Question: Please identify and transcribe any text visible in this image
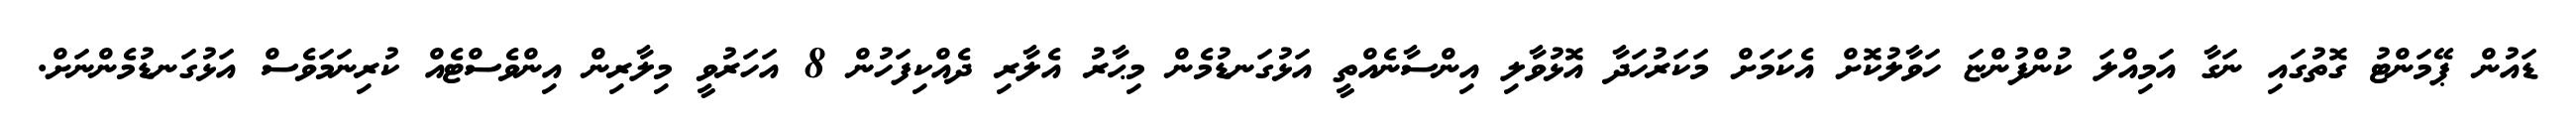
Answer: ޑައުން ޕޭމަންޓު ގޮތުގައި ނަގާ އަމިއްލަ ކުންފުންޏަ ހަވާލުކޮށް އެކަމަށް މަކަރުހަދާ އޮޅުވާލި އިންސާނެއްތީ އަޅުގަނޑުމެން މިޙާރު އެލާރި ދެއްކިފަހުން 8 އަހަރުވީ މިލާރިން އިންވެސްޓެއް ކުރިނަމަވެސް އަޅުގަނޑުމެންނަށް.